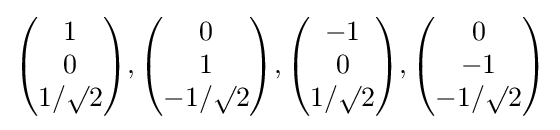
{\begin{pmatrix}1\\0\\1/\surd 2\end{pmatrix}},{\begin{pmatrix}0\\1\\-1/\surd 2\end{pmatrix}},{\begin{pmatrix}-1\\0\\1/\surd 2\end{pmatrix}},{\begin{pmatrix}0\\-1\\-1/\surd 2\end{pmatrix}}